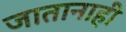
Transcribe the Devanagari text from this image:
जातानाही